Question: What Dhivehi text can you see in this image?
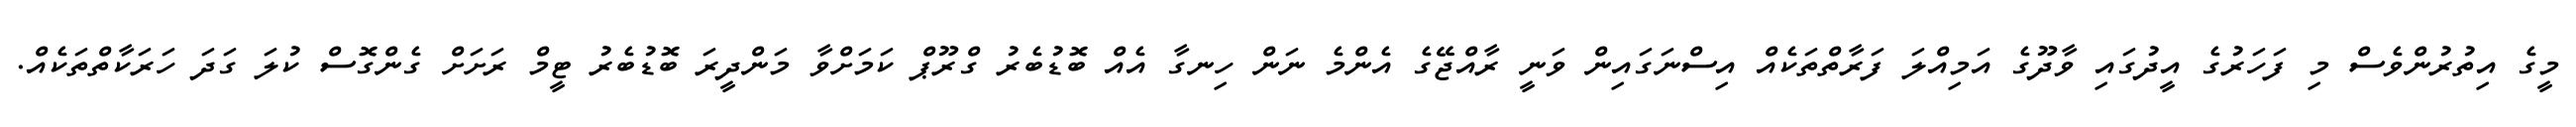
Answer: މީގެ އިތުރުންވެސް މި ފަހަރުގެ އީދުގައި ވާދޫގެ އަމިއްލަ ފަރާތްތަކެއް އިސްނަގައިން ވަނީ ރާއްޖޭގެ އެންމެ ނަން ހިނގާ އެއް ބޮޑުބެރު ގްރޫޕް ކަމަށްވާ މަންދީރަ ބޮޑުބެރު ޓީމް ރަށަށް ގެންގޮސް ކުލަ ގަދަ ހަރަކާތްތަކެއް.